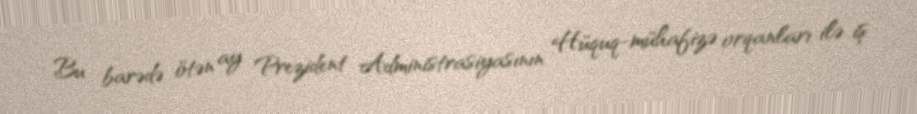
Bu barədə ötən ay Prezident Administrasiyasının Hüquq-mühafizə orqanları ilə iş